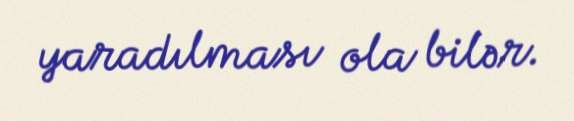
yaradılması ola bilər.